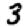
Digit: 3